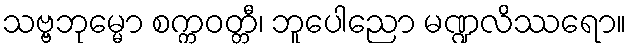
သဗ္ဗဘုမ္မော စက္ကဝတ္တီ၊ ဘူပေါညော မဏ္ဍလိဿရော။